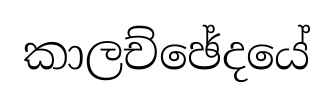
කාලච්ඡේදයේ